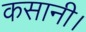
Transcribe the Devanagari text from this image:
कसानी।